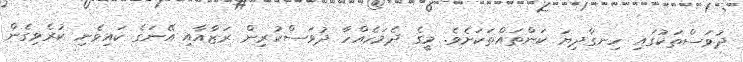
ދުވަސްތަކުގައި ހިނގާދިޔަ ކަންތައްތަކަށެވެ. މީގެ ދެމަހެއްހާ ދުވަސްކުރިން ރަޒާއާއި އޭނަގެ ކައިވެނި ކުރެވިގެން